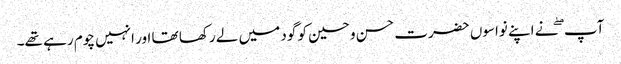
آپ ۖ نے اپنے نواسوں حضرت حسن و حسین کو گود میں لے رکھا تھا اور انہیں چوم رہے تھے۔